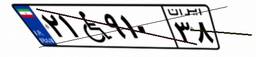
۷۱W۴۹۳۰۴